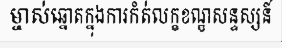
ម្ចាស់ឆ្នោតក្នុងការកំត់លក្ខខណ្ឌសន្ទស្សន៍